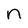
Character: n